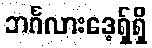
ဘင်္ဂလားဒေ့ရှ်ရှိ